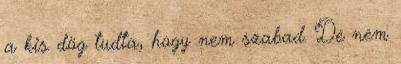
a kis dög tudta, hogy nem szabad. De nem